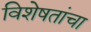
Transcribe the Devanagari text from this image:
विशेषतांचा